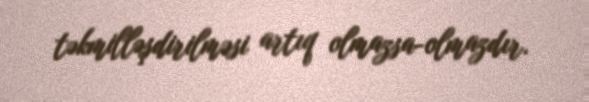
təkmilləşdirilməsi artıq olmazsa-olmazdır.